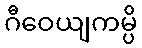
ဂီဝေယျကမ္ပိ